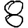
Digit: 8